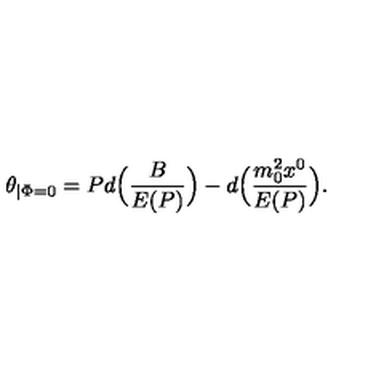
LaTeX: \theta _ { \mid \Phi = 0 } = P d \Bigl ( \frac { B } { E ( P ) } \Bigr ) - d \Bigl ( \frac { m _ { 0 } ^ { 2 } x ^ { 0 } } { E ( { P } ) } \Bigr ) .